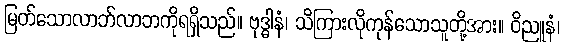
မြတ်သောလာဘ်လာဘကိုရရှိသည်။ ဗုဒ္ဓါနံ၊ သိကြားလိုကုန်သောသူတို့အား။ ဝိညူနံ၊